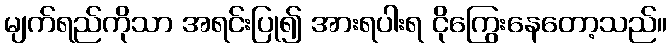
မျက်ရည်ကိုသာ အရင်းပြု၍ အားရပါးရ ငိုကြွေးနေတော့သည်။